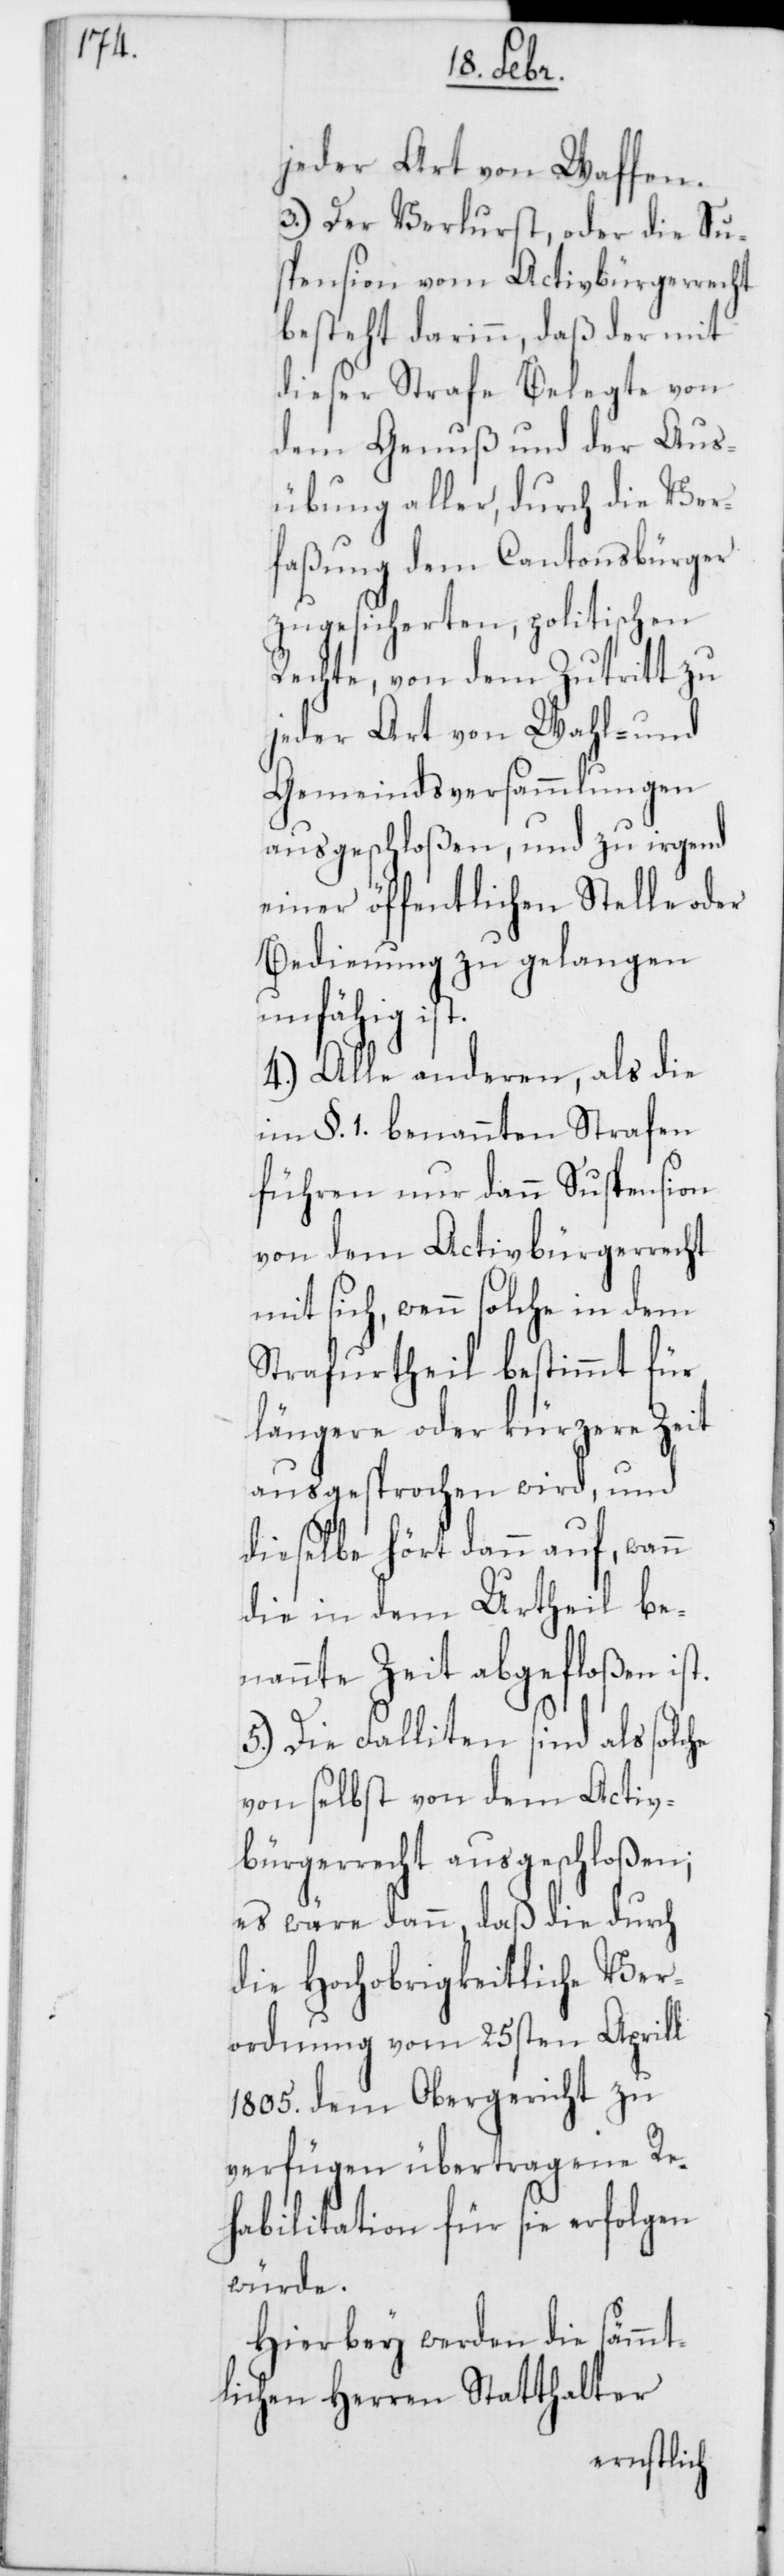
jeder Art von Waffen.
3.) Der Verlust oder die Su¬
spension vom Activbürgerrecht
besteht darinn, daß der mit
dieser Strafe Belegte von
dem Genuß und der Aus¬
übung aller, durch die Ver¬
faßung dem Cantonsbürger
zugesicherten, politischen
Rechte, von dem Zutritt zu
jeder Art von Wahl- und
Gemeindsversammlungen
ausgeschloßen, und zu irgend
einer öffentlichen Stelle oder
Bedienung zu gelangen
unfähig ist.
4.) Alle anderen, als die
im §. 1. benannten Strafen
führen nur dann Suspension
von dem Activbürgerrecht
mit sich, wenn solche in dem
Strafurtheil bestimmt für
längere oder kürzere Zeit
ausgesprochen wird, und
dieselbe hört dann auf, wann
die in dem Urtheil be¬
nannte Zeit abgefloßen ist.
5.) Die Falliten sind als solche
von selbst von dem Activ¬
bürgerrecht ausgeschloßen;
es wäre dann, daß die durch
die Hochobrigkeitliche Ver¬
ordnung vom 25sten Aprill
1805. dem Obergericht zu
verfügen übertragene Re¬
habilitation für sie erfolgen
würde.
Hierbey werden die sämmt¬
lichen Herren Statthalter